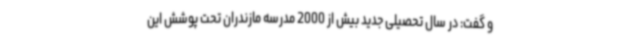
و گفت: در سال تحصیلی جدید بیش از 2000 مدرسه مازندران تحت پوشش این